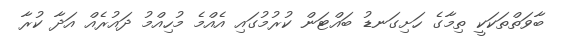
ބާވަތްތަކަކީ ތިމާގެ ހަށިގަނޑު ބައްޓަން ކުރުމުގައި އެއްމެ މުހިއްމު ދައުރެއް އަދާ ކުރާ